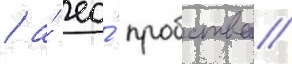
/ а́ ео́ пробства/